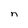
Character: n